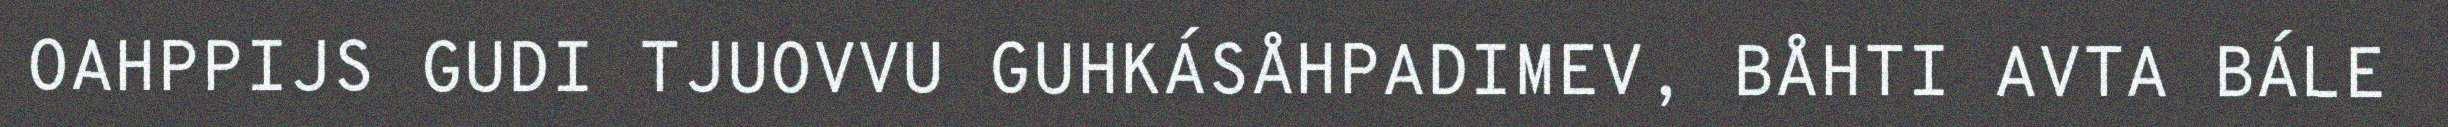
OAHPPIJS GUDI TJUOVVU GUHKÁSÅHPADIMEV, BÅHTI AVTA BÁLE